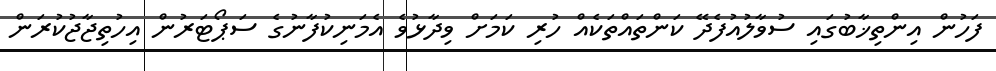
ފަހުން އިންތިޚާބުގައި ސުވާލުއުފެދޭ ކަންތައްތަކެއް ހުރި ކަމަށް ވިދާޅުވެ އެމަނިކުފާނުގެ ސަޕޯޓަރުން އިހުތިޖާޖުކުރަން